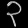
Digit: ၃